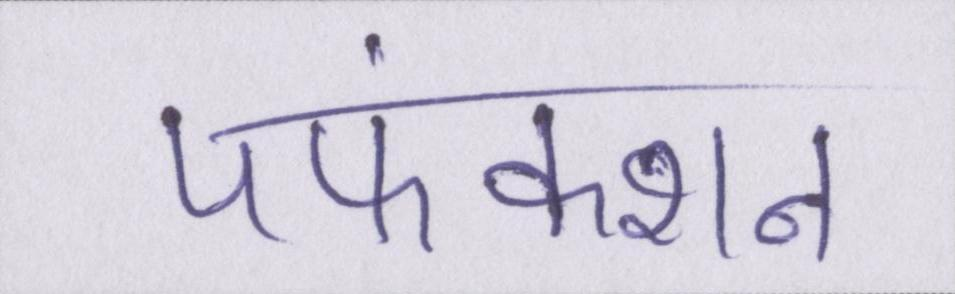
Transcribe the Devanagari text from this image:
पफंक्शन